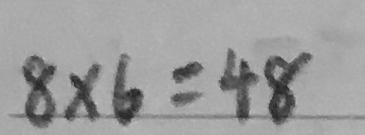
8 \times 6 = 4 8